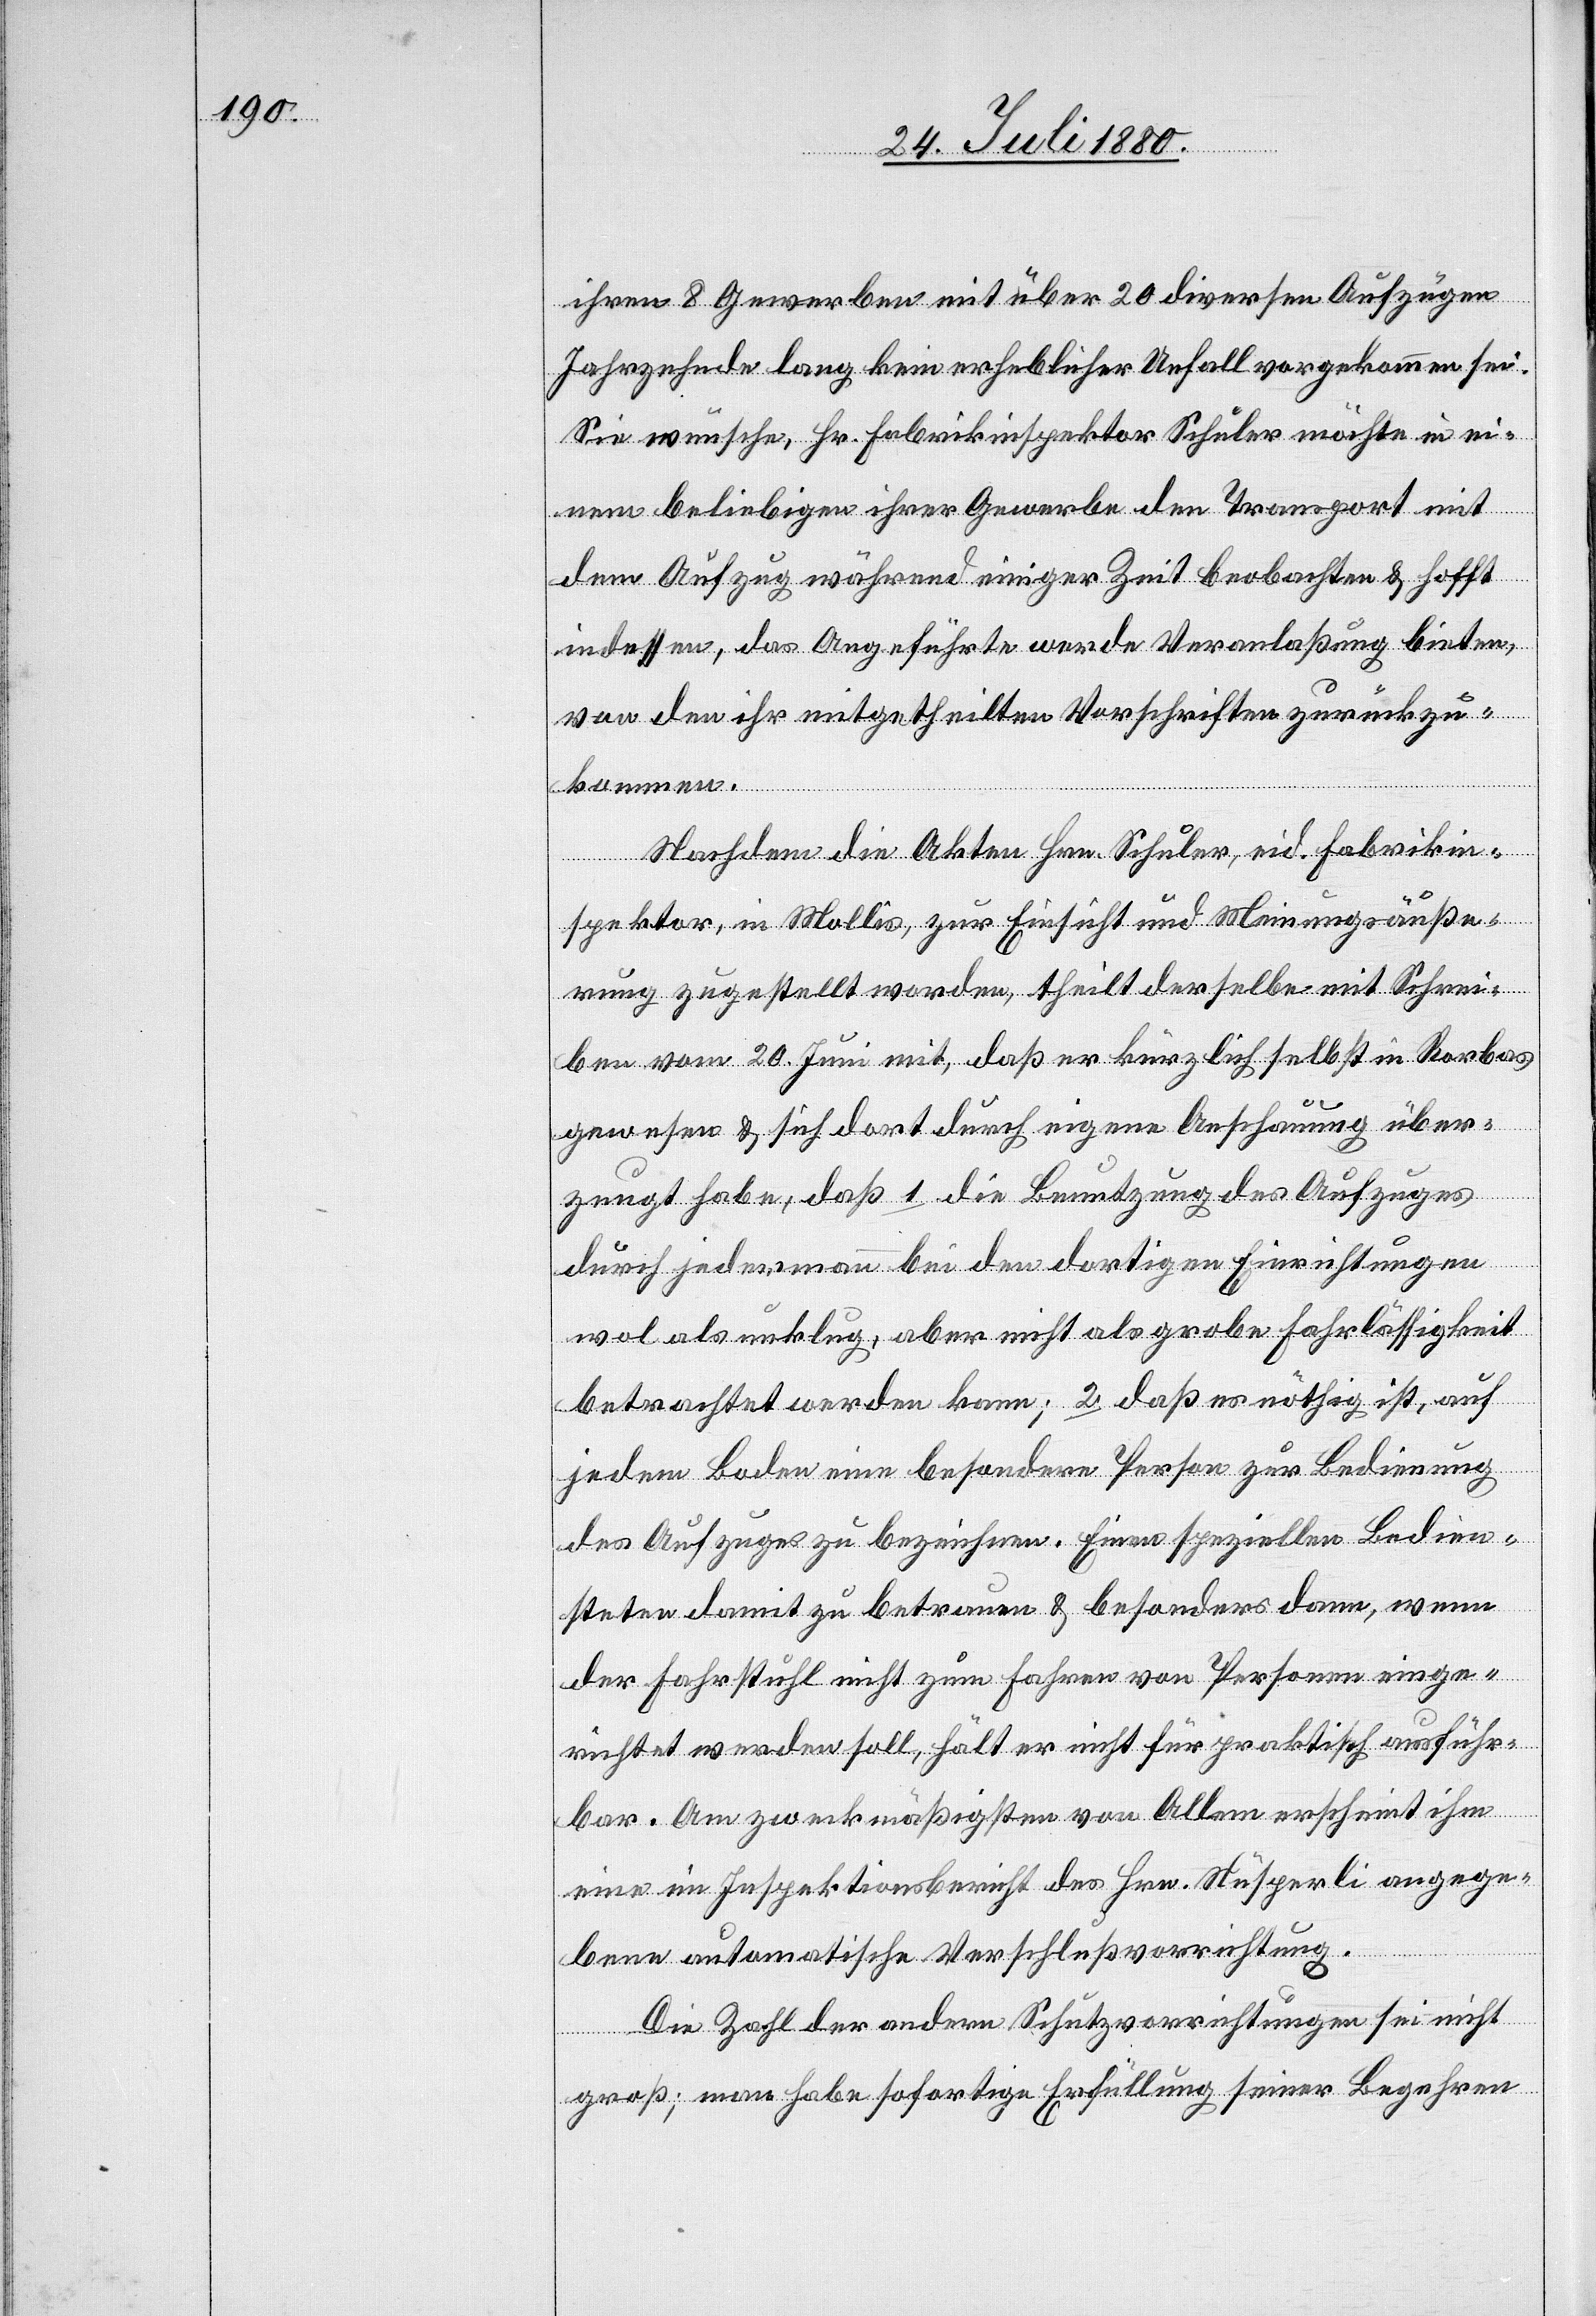
ihren 8 Gewerben mit über 20 diversen Aufzügen
Jahrzehnte lang kein erheblicher Unfall vorgekommen sei.
Sie wünsche, Hr. Fabrikinspektor Schuler möchte in ei¬
nem beliebigen ihrer Gewerbe den Transport mit
dem Aufzug während einiger Zeit beobachten & hofft
indessen, das Angeführte werde Veranlaßung bieten,
von den ihr mitgetheilten Vorschriften zurückzu¬
kommen.
Nachdem die Akten Hrn. Schuler, eid. Fabrikin¬
spektor, in Mollis, zur Einsicht und Meinungsäuße¬
rung zugestellt worden, theilt derselbe mit Schrei¬
ben vom 20. Juni mit, daß er kürzlich selbst in Rorbas
gewesen & sich dort durch eigen Anschauung über¬
zeugt habe, daß 1. die Benutzung des Aufzuges
durch jedermann bei den dortigen Einrichtungen
wol als unklug, aber nicht als grobe Fahrlässigkeit
betrachtet werden kann; 2. daß es nöthig ist, auf
jedem Boden eine besondere Person zur Bedienung
des Aufzuges zu bezeichnen. Einen speziellen Bedien¬
steten damit zu betrauen & besonders dann, wenn
der Fahrstuhl nicht zum Fahren von Personen einge¬
richtet werden soll, hält er nicht für praktisch ausführ¬
bar. Am zweckmäßigsten von Allem erscheint ihm
eine im Inspektionsbericht des Hrn. Nüsperli angege¬
bene automatische Verschlußvorrichtung.
Die Zahl der andern Schutzvorrichtungen sei nicht
groß; man habe sofortige Erfüllung seiner Begehren